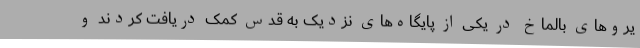
یروهای بالماخ در یکی از پایگاه‌های نزدیک به قدس کمک دریافت کردند و